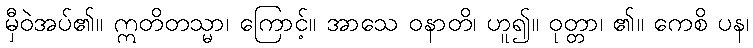
မှီဝဲအပ်၏။ ဣတိတသ္မာ၊ ကြောင့်။ အာသေ ဝနာတိ၊ ဟူ၍။ ဝုတ္တာ၊ ၏။ ကေစိ ပန၊